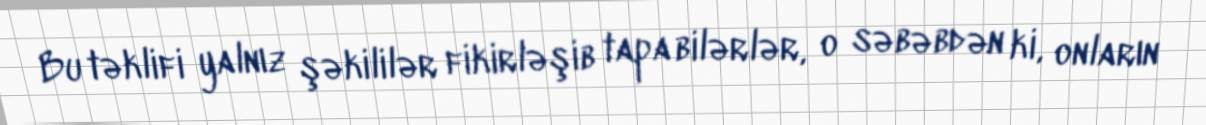
Bu təklifi yalnız şəkililər fikirləşib tapa bilərlər, o səbəbdən ki, onların